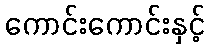
ကောင်းကောင်းနှင့်